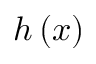
h \left( x \right)